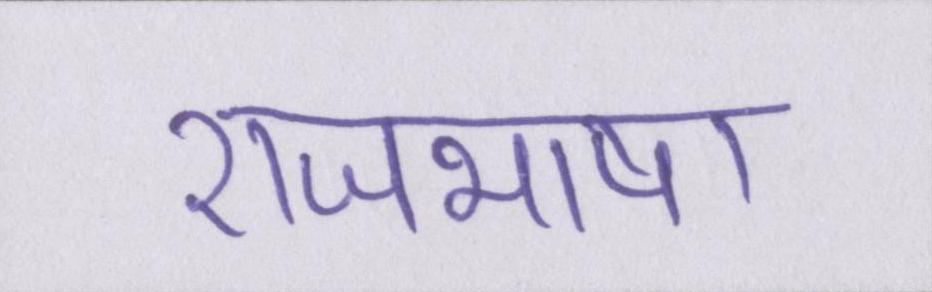
राजभाषा